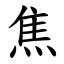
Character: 焦